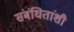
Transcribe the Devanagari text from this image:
संबंधितांशी